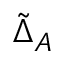
\tilde { \Delta } _ { A }